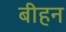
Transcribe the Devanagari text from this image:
बीहन